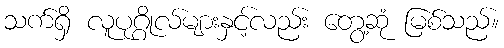
သက်ရှိ လူပုဂ္ဂိုလ်များနှင့်လည်း တွေ့ဆုံ မြစ်သည်။